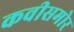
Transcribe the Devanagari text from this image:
कवीसमोर